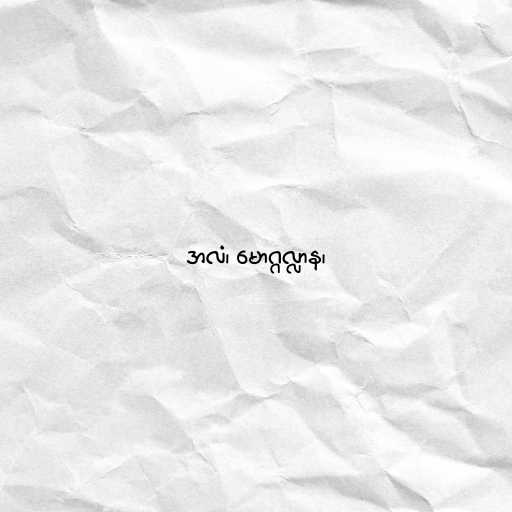
အလံ၊ မောဂ္ဂလ္လာန၊